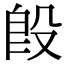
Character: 𣪘